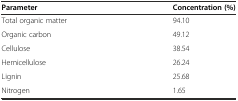
| Parameter | Concentration (%) |
 | --- | --- |
 | Total organic matter | 94.10 |
 | Organic carbon | 49.12 |
 | Cellulose | 38.54 |
 | Hemicellulose | 26.24 |
 | Lignin | 25.68 |
 | Nitrogen | 1.65 |